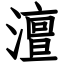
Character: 澶